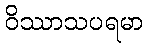
ဝိဿာသပရမာ